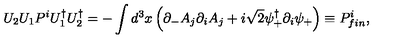
U _ { 2 } U _ { 1 } P ^ { i } U _ { 1 } ^ { \dagger } U _ { 2 } ^ { \dagger } = - \int d ^ { 3 } x \left( \partial _ { - } A _ { j } \partial _ { i } A _ { j } + i \sqrt { 2 } \psi _ { + } ^ { \dagger } \partial _ { i } \psi _ { + } \right) \equiv P _ { { f i n } } ^ { i } ,